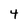
Character: 4